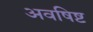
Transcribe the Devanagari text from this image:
अवषिष्ट